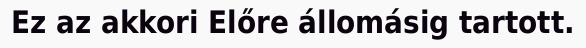
Ez az akkori Előre állomásig tartott.